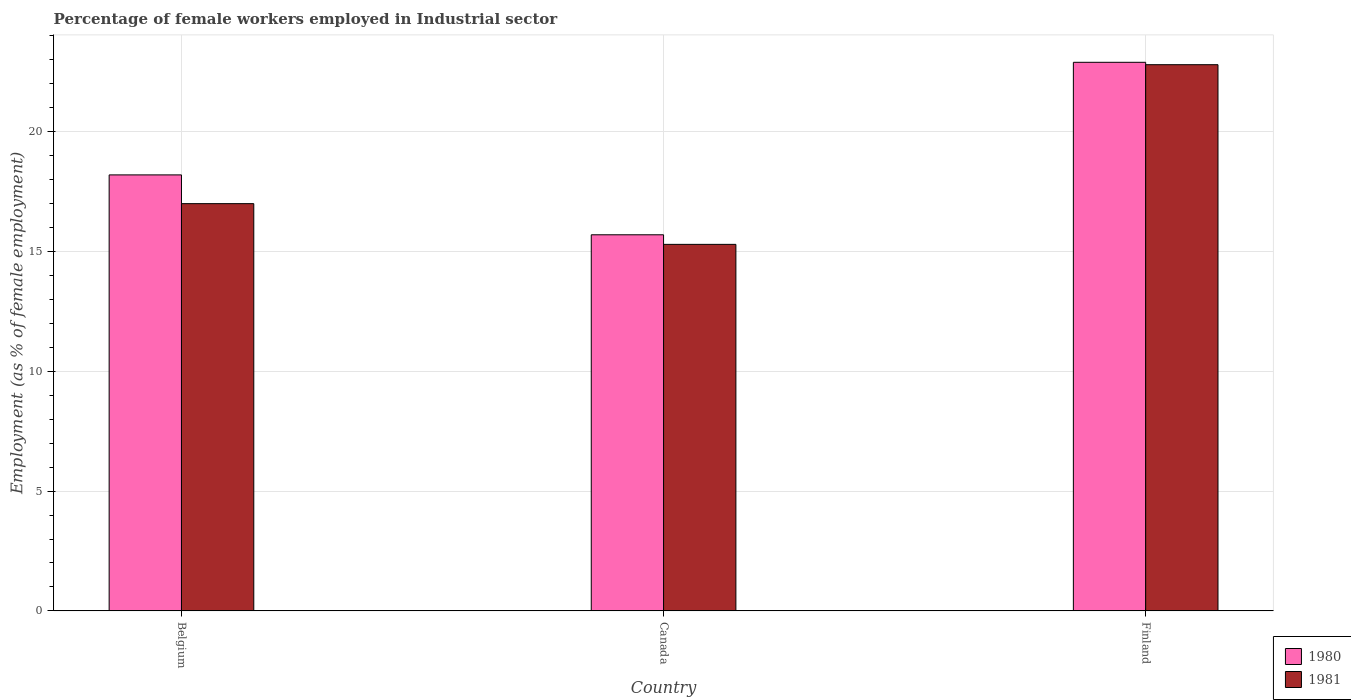
| Country | 1980 | 1981 |
 | --- | --- | --- |
 | Belgium | 18.2 | 17 |
 | Canada | 15.7 | 15.3 |
 | Finland | 22.9 | 22.8 |